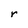
Character: r